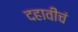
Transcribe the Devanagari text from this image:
दहावीचं